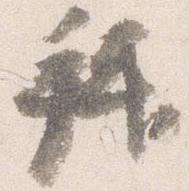
拝